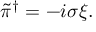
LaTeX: \tilde { \pi } ^ { \dagger } = - i \sigma \xi .